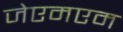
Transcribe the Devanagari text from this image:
जेएमएम